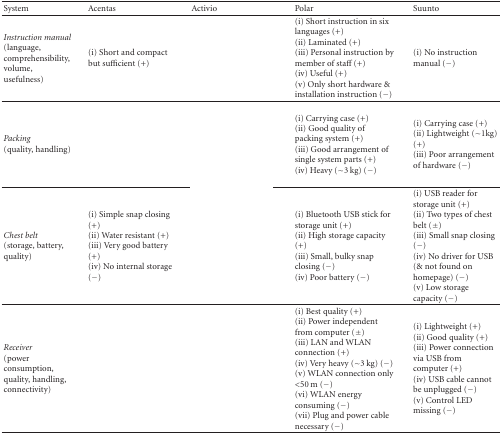
<table><thead><tr><td><b>System</b></td><td><b>Acentas</b></td><td><b>Activio</b></td><td><b>Polar</b></td><td><b>Suunto</b></td></tr></thead><tbody><tr><td><i>Instruction manual </i> (language, comprehensibility, volume, usefulness)</td><td>(i) Short and compact but sufficient (+)</td><td>[EMPTY_CELL]</td><td>(i) Short instruction in six languages (+)(ii) Laminated (+)(iii) Personal instruction by member of staff (+)(iv) Useful (+)(v) Only short hardware &amp; installation instruction (−)</td><td>(i) No instruction manual (−)</td></tr><tr><td><i>Packing </i> (quality, handling)</td><td>[EMPTY_CELL]</td><td>[EMPTY_CELL]</td><td>(i) Carrying case (+)(ii) Good quality of packing system (+)(iii) Good arrangement of single system parts (+)(iv) Heavy (~3 kg) (−)</td><td>(i) Carrying case (+)(ii) Lightweight (~1kg) (+)(iii) Poor arrangement of hardware (−)</td></tr><tr><td><i>Chest belt </i> (storage, battery, quality)</td><td>(i) Simple snap closing (+)(ii) Water resistant (+)(iii) Very good battery (+)(iv) No internal storage (−)</td><td>[EMPTY_CELL]</td><td>(i) Bluetooth USB stick for storage unit (+)(ii) High storage capacity (+)(iii) Small, bulky snap closing (−)(iv) Poor battery (−)</td><td>(i) USB reader for storage unit (+)(ii) Two types of chest belt (±)(iii) Small snap closing (−)(iv) No driver for USB (&amp; not found on homepage) (−)(v) Low storage capacity (−)</td></tr><tr><td><i>Receiver </i> (power consumption, quality, handling, connectivity)</td><td>[EMPTY_CELL]</td><td>[EMPTY_CELL]</td><td>(i) Best quality (+)(ii) Power independent from computer (±)(iii) LAN and WLAN connection (+)(iv) Very heavy (~3 kg) (−)(v) WLAN connection only &lt;50 m (−)(vi) WLAN energy consuming (−)(vii) Plug and power cable necessary (−)</td><td>(i) Lightweight (+)(ii) Good quality (+)(iii) Power connection via USB from computer (+)(iv) USB cable cannot be unplugged (−)(v) Control LED missing (−)</td></tr></tbody></table>